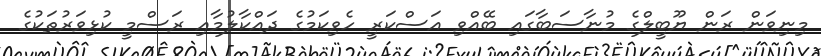
މިނިވަން ރަން ޔޫބީލްގެ މުނާސަބާގައި ބޭއްވި އަސްކަރީ ހެވިކަމުގެ ދައްކާލުމާއި ރަސްމީ ކުޅިވަރުތަކުގެ